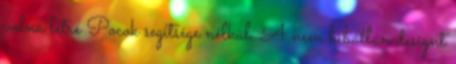
volna létre Pocok segítsége nélkül. A nem hibátlan designt